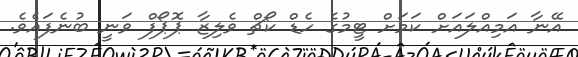
އޭނާ އަމިއްލައަށް ކަމަށް ޓީމުގެ ހެޑް ކޯޗް ވެލިޒާ ޕޮޕޯފް ވަނީ ބުނެފައެވެ.